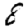
Digit: 8